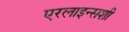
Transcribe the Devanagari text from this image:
एरलाइन्सशी